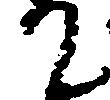
て